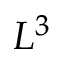
L ^ { 3 }